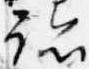
跡